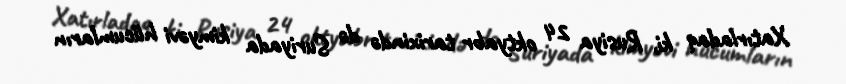
Xatırladaq ki, Rusiya 24 oktyabr tarixində də Suriyada kimyəvi hücumların